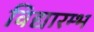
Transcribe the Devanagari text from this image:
विद्यारम्भ